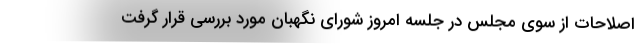
اصلاحات از سوی مجلس در جلسه امروز شورای نگهبان مورد بررسی قرار گرفت